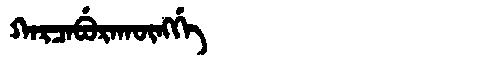
Manchu: ᡴᠠᡵᠴᠠᠪᡠᡵᠠᡴᡡᠩᡤᡝ
Romanization: KARCABURAKŪNGGE